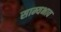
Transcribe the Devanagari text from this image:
साम्यभाव